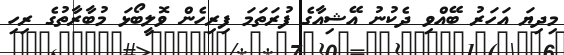
މިދިޔަ އަހަރު ބޭއްވި ދެކުނު އޭޝިއާގެ ފުރަތަމަ ފިރިހެން ވޮލީބޯޅަ މުބާރާތުގެ ރިހި